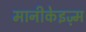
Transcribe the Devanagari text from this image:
मानीकेइज़्म